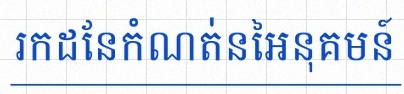
រកដែនកំណត់នៃអនុគមន៍